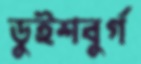
ডুইশবুর্গ